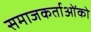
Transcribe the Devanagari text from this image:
समाजकर्ताओंको